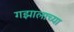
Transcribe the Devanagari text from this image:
गझालाच्या